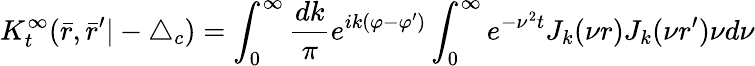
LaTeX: K_{t}^{\infty}(\bar{r},\bar{r}^{\prime}|-\triangle_{c})=\int_{0}^{\infty}\frac{dk}{\pi}e^{ik(\varphi-\varphi^{\prime})}\int_{0}^{\infty}e^{-\nu^{2}t}J_{k}(\nu r)J_{k}(\nu r^{\prime})\nu d\nu